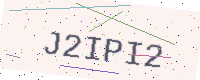
Text: J2IPI2